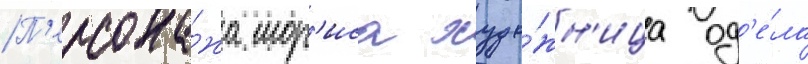
П'ерсона́жа мор'иса худо́жн'ица од'е́ла